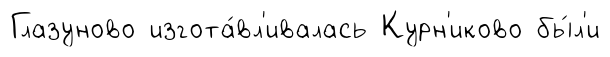
Глазуново изгота́вл'ивалась Курн'иково бы́л'и